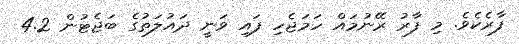
ފާރެކެވެ. މި ފާރު ރޭނުމައް ހަމަޖެހި ފައި ވަނީ ދައުލަތުގެ ބަޖެޓުން 4.2